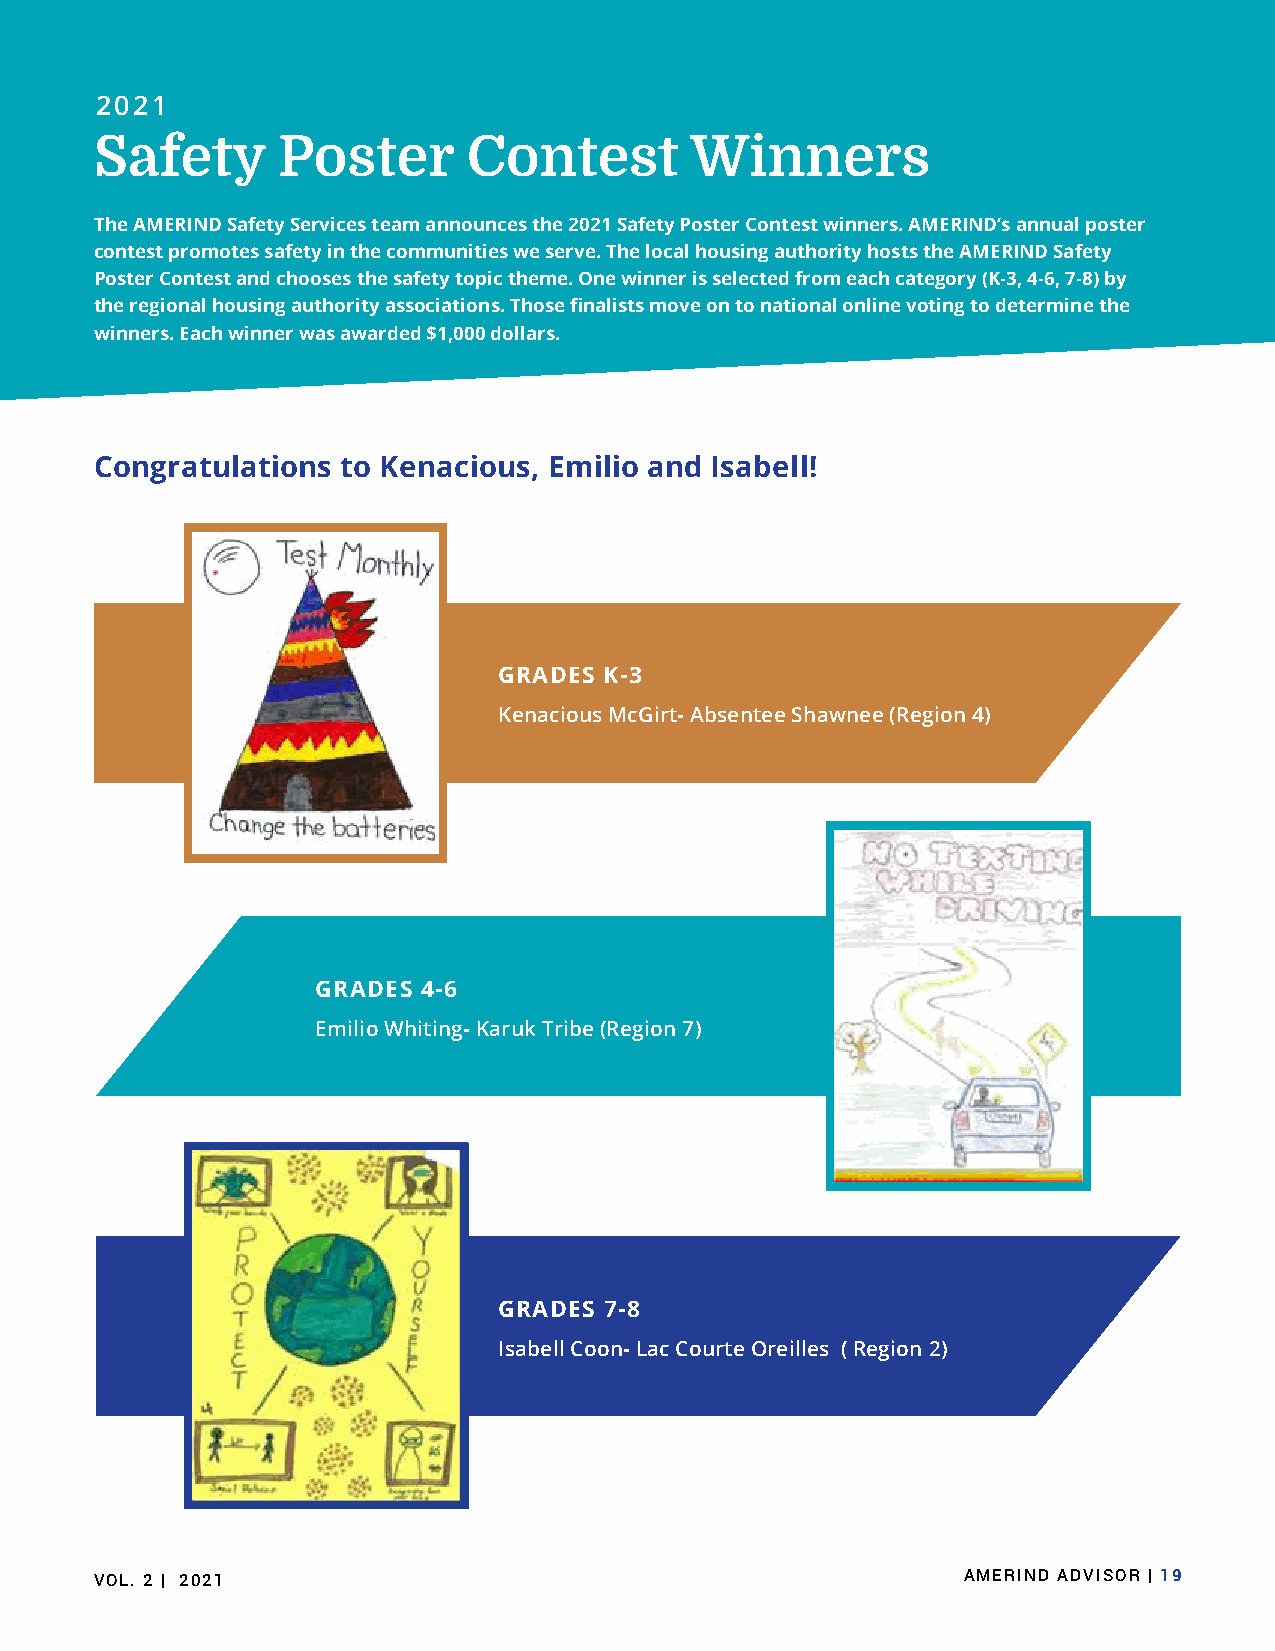
2021
 Safety      Poster       Contest        Winners
 The AMERIND Safety Services team announces the 2021 Safety Poster Contest winners. AMERIND’s annual poster
 contest promotes safety in the communities we serve. The local housing authority hosts the AMERIND Safety
 Poster Contest and chooses the safety topic theme. One winner is selected from each category (K-3, 4-6, 7-8) by
 the regional housing authority associations. Those finalists move on to national online voting to determine the
 winners. Each winner was awarded $1,000 dollars.
 Congratulations  to Kenacious, Emilio and Isabell!
 GRADES K-3
 KenaciousMcGirt-AbsenteeShawnee(Region4)
 GRADES 4-6
 EmilioWhiting-KarukTribe(Region7)
 GRADES 7-8
 IsabellCoon-LacCourteOreilles(Region2)
 VOL. 2 | 2021                                             AMERIND ADVISOR | 19